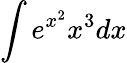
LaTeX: \int e^{x^{2}}x^{3}dx